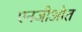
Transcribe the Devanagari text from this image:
एनजीओत